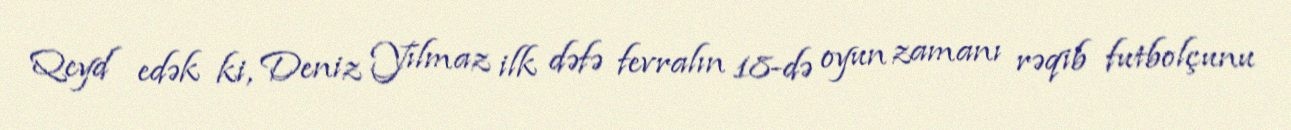
Qeyd edək ki, Deniz Yılmaz ilk dəfə fevralın 18-də oyun zamanı rəqib futbolçunu